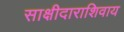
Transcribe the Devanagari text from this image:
साक्षीदाराशिवाय